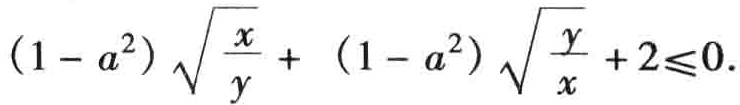
\((1 - a^{2})\sqrt{\frac{x}{y}} + (1 - a^{2})\sqrt{\frac{y}{x}} + 2\leqslant0\)